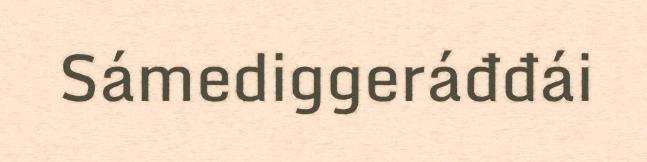
Sámediggeráđđái